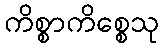
ကိစ္စာကိစ္စေသု